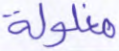
مغلولة